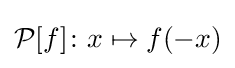
{\mathcal {P}}[f]\colon x\mapsto f(-x)